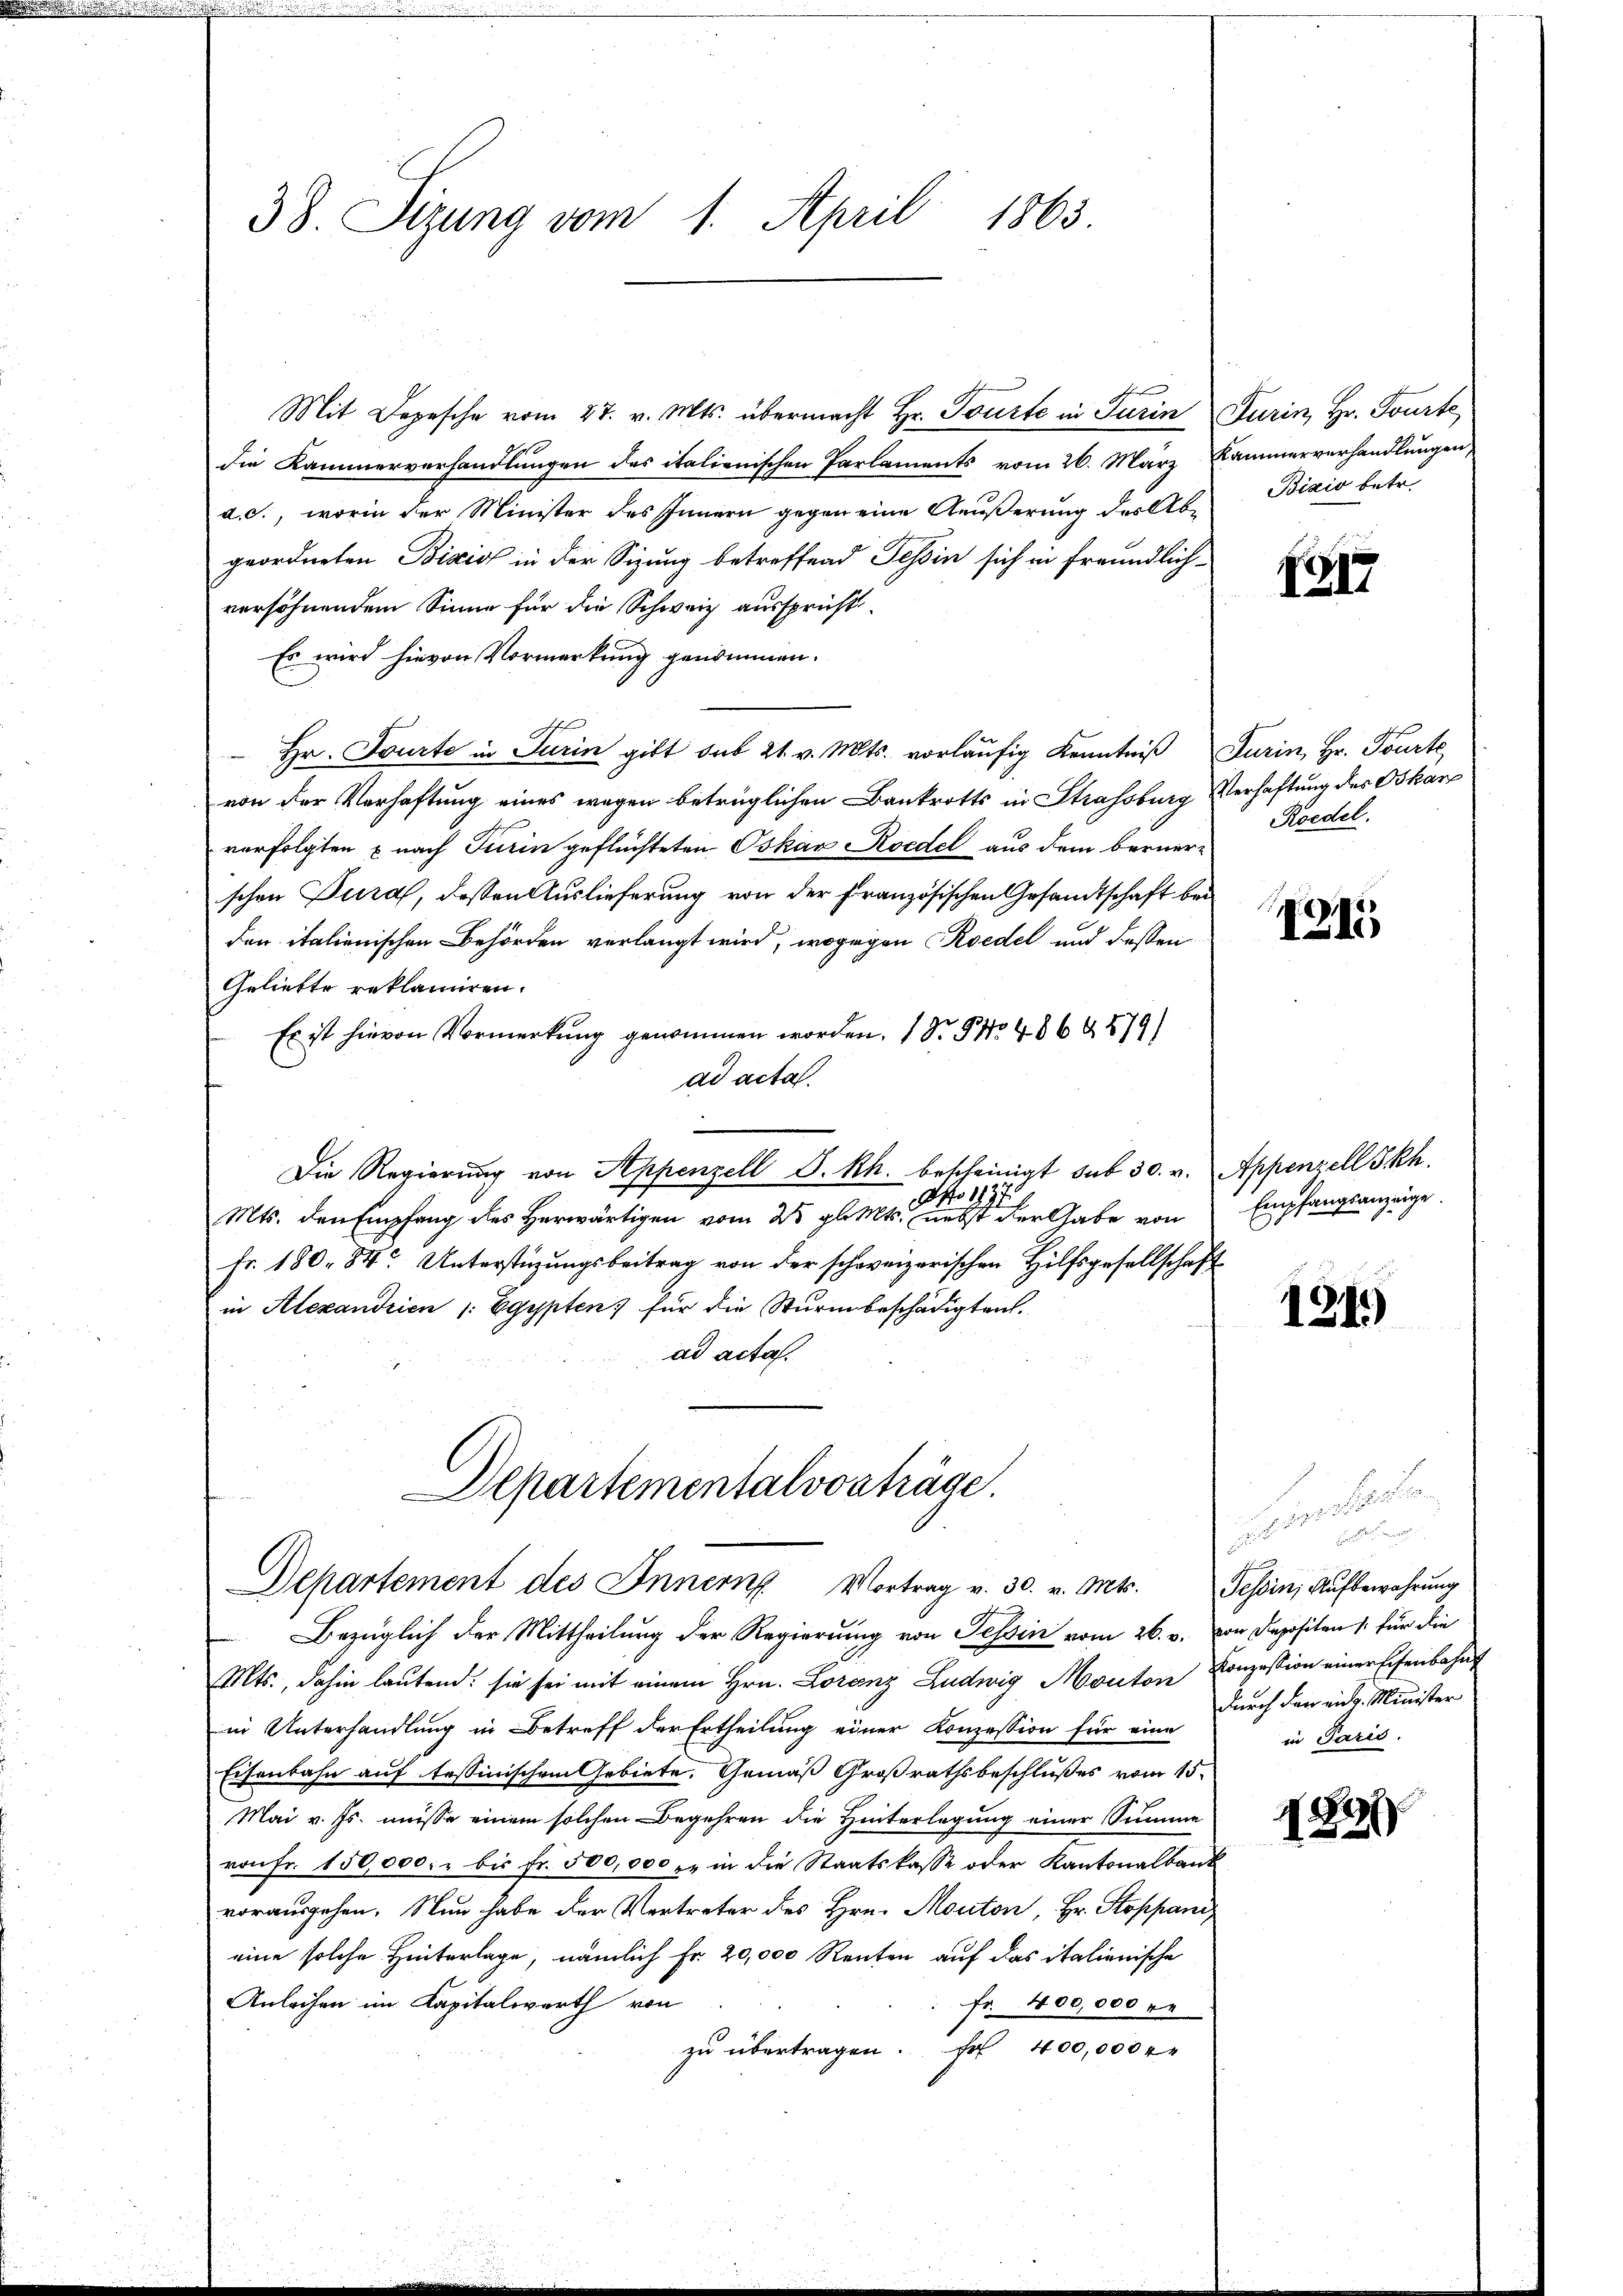
38. Sitzung vom 1. April 1865

Mit Depesche vom 27. v. Mts. übermacht Hr. Tourte in Turin Turin, Hr. Tourte,
die Kammerverhandlungen des italienischen Parlaments vom 26. März Kammerverhandlungen,
d.c., worin der Minister des Innern gegen eine Aeußerung der Abgeordneten Bixis in der Sizung betreffend Tessin sich in freundlich-
versöhnendem Sinne für die Schweiz ausspricht.
Es wird hievon Vormerkung genommen.
Hr. Tourte in Turin gibt sub 21. v. Mts. vorläŭfig Kenntniß Turin, Hr. Tourte
von der Verhaftung eines wegen betrüglichen Bankrotts in Strassburg Verhaftung des Bekan
verfolgten nach Turin geflüchteten Oskar Koedel aus dem berner-
schen Tura, deßen Auslieferung von der Französischen Gesandtschaft bei
den italienischen Behörden verlangt wird, wogegen Roedel und dessen
Geliebte reklamiren.
Es ist hievon Vormerkung genommen worden. 1 Nr. 5 No 486 4879)
ad acta.
Die Regierŭng von Appenzell S. Rh. bescheinigt sub 30. v. Appenzell Skh.
Mts. den Empfang des Herwärtigen vom 25. gl. Mts. eines der Gabe von
Fr. 180. 84. Unterstüzungsbeitrag von der schweizerischen Hilfsgesellschaft
in Alexandrien 1: Egypten) für die Sturm beschädigten.
ad acta.

Departementalvorträge.
Departement des Innern Vortrag v. 30. v. Mts. Tessin Aŭfbewahrŭng

Bezüglich der Mittheilung der Regierung von Tessin vom 26. v. von Depositen 1. für die
Mts., dahin lautend: sie sei mit einem Hrn. Lorenz Ludwig Monton Conzession einer Eisenbahnt
in Unterhandlung in Betreff der Ertheilung einer Konzession für eine
Eisenbahn auf tessinischem Gebiete. Gemäß Großrathsbeschlußes vom 15.
Mai v. Js. müsse einem solchen Begehren die Hinterlegung einer Summe
von Fr. 150,000. - bis fr. 500,000 er in die Staatskasse oder Kantonalbank
vorausgehen. Nun habe der Vertreter des Hrn. Monton, Hr. Stoppani
eine solche Hinterlage, nämlich Fr. 20,000 Renten auf das italienische
Anleihen im Kapitalwerth von
Fr. 400,000 re
zu übertragen. Er 400,000 r

Bizio betr.

1317

Roedel.

1245

Empfangsanzeige

1341)

Hinte
Freeser
durch den eidg. Minister
in Paris.

182
2